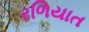
રળિયાત